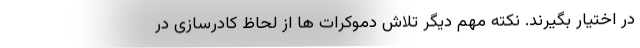
در اختیار بگیرند. نکته مهم دیگر تلاش دموکرات ها از لحاظ کادرسازی در